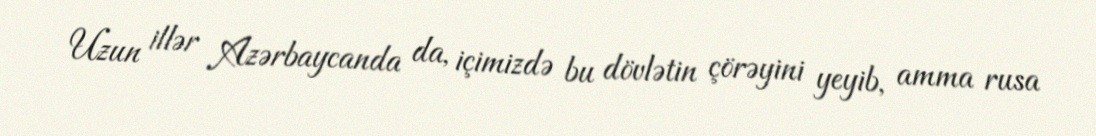
Uzun illər Azərbaycanda da, içimizdə bu dövlətin çörəyini yeyib, amma rusa